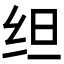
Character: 𬘜